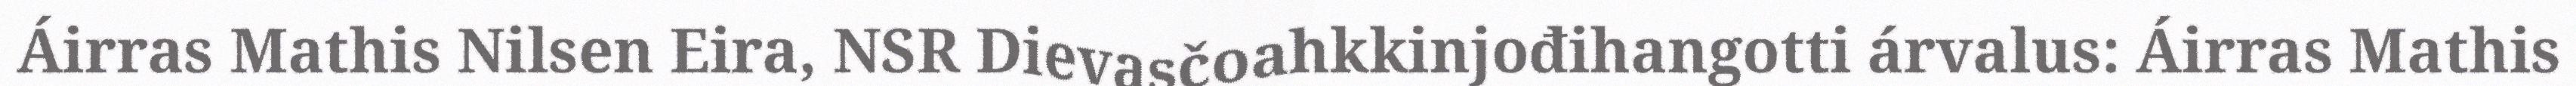
Áirras Mathis Nilsen Eira, NSR Dievasčoahkkinjođihangotti árvalus: Áirras Mathis